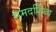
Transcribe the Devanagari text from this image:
समदर्शित्व